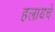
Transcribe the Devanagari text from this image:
हलायचें